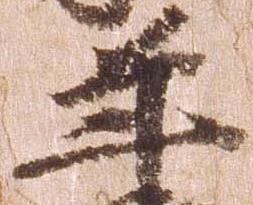
年